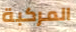
المركبة